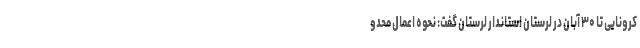
کرونایی تا ۳۰ آبان در لرستان استاندار لرستان گفت: نحوه اعمال محدو